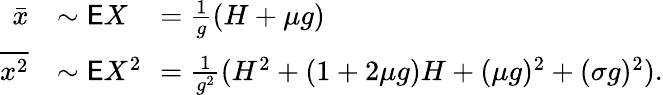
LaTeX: \begin{array}{rlrl}{\bar{x}}&{\sim\mathsf EX}&&{\! \! \! \! \! \! \! \! =\frac{1}{g}(H+\mu g)}\\ {\overline{{x^{2}}}}&{\sim\mathsf EX^{2}}&&{\! \! \! \! \! \! \! \! =\frac{1}{g^{2}}(H^{2}+(1+2\mu g)H+(\mu g)^{2}+(\sigma g)^{2}).}\end{array}